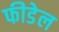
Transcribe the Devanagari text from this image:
फीडेल